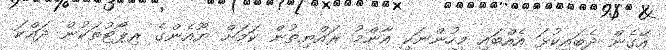
އޭގެން ދެބައިކުޅަ އެއްބައި މީހުންނަކީ އާންމު ރައްޔިތުން ކަމަށް ޔޫއެންގެ ރިޕޯޓުތަކުން ދައްކަ